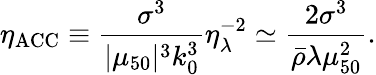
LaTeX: \eta_{\mathrm{ACC}}\equiv\frac{\sigma^{3}}{|\mu_{50}|^{3}k_{0}^{3}}\eta_{\lambda}^{-2}\simeq\frac{2\sigma^{3}}{{\bar{\rho}}\lambda\mu_{50}^{2}}.